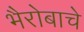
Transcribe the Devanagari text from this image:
भैरोबाचे